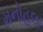
મનોહલા